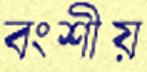
বংশীয়